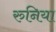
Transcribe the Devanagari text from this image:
रुनिया